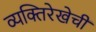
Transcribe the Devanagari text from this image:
व्यक्तिरेखेची